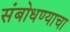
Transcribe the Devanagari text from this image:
संबोधण्याचा